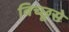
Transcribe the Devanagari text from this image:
बिच्छूसे